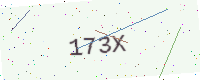
Text: 173X